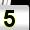
Digit: 5